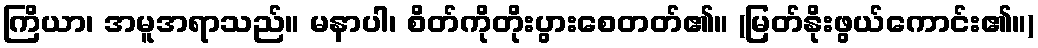
ကြိယာ၊ အမူအရာသည်။ မနာပါ၊ စိတ်ကိုတိုးပွားစေတတ်၏။ (မြတ်နိုးဖွယ်ကောင်း၏။)